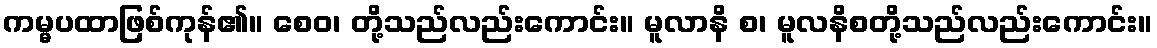
ကမ္မပထာဖြစ်ကုန်၏။ စေဝ၊ တို့သည်လည်းကောင်း။ မူလာနိ စ၊ မူလနိစတို့သည်လည်းကောင်း။